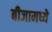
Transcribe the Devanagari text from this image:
बीजामध्ये